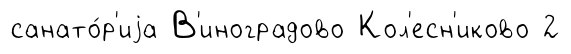
санато́р'иjа В'иноградово Кол'есн'иково 2